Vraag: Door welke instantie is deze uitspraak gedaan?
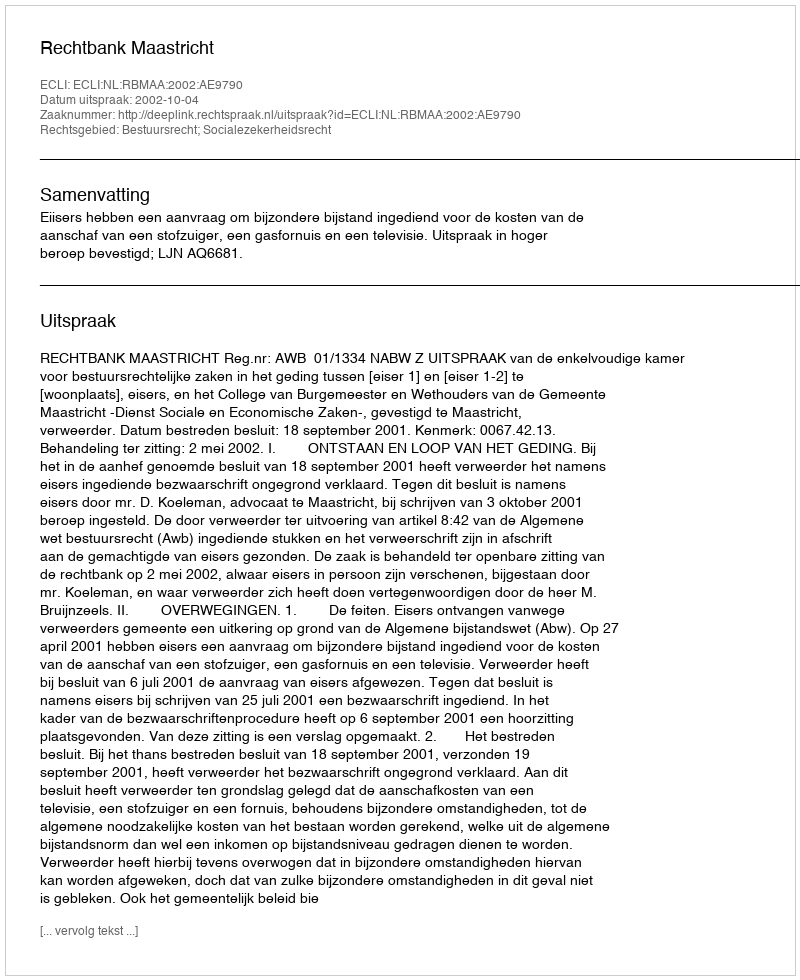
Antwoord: Rechtbank Maastricht